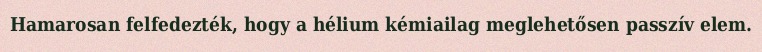
Hamarosan felfedezték, hogy a hélium kémiailag meglehetősen passzív elem.